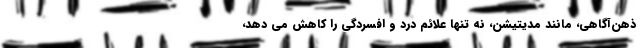
ذهن‌آگاهی، مانند مدیتیشن، نه تنها علائم درد و افسردگی را کاهش می دهد،